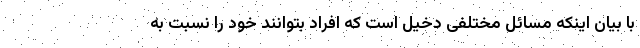
با بیان اینکه مسائل مختلفی دخیل است که افراد بتوانند خود را نسبت به